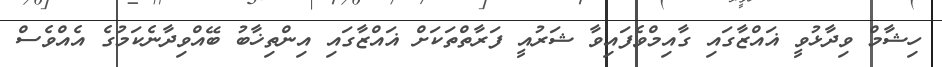
ހިޝާމް ވިދާޅުވީ ޣައްޒާގައި ގާއިމްވެފައިވާ ޝަރުއީ ފަރާތްތަކަށް ޣައްޒާގައި އިންތިޚާބު ބޭއްވިދާނެކަމުގެ އެއްވެސް